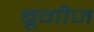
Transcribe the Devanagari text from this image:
बूगीज